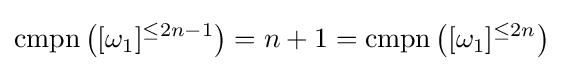
\mathrm {cmpn} \left([\omega _{1}]^{\leq 2n-1}\right)=n+1=\mathrm {cmpn} \left([\omega _{1}]^{\leq 2n}\right)